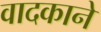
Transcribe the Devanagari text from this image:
वादकाने